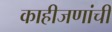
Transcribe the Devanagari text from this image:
काहीजणांची